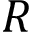
R